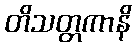
တိသတ္တကာနိ